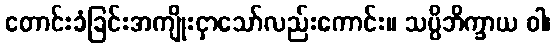
တောင်းခံခြင်းအကျိုးငှာသော်လည်းကောင်း။ သပ္ပိဘိက္ခာယ ဝါ၊